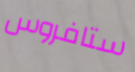
ستافروس